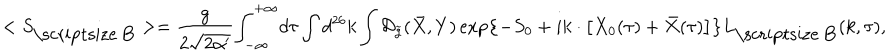
LaTeX: < { S _ { \mathrm { \scriptsize ~ B } } } > = { \frac { g } { 2 \sqrt { 2 \alpha ^ { \prime } } } } { \int _ { - \infty } ^ { + \infty } } d \tau \int { d ^ { 2 6 } } k \int { \mathcal { D } _ { \tilde { g } } } ( \bar { X } , Y ) \exp \left\{ - { S _ { 0 } } + i k \cdot \left[ { X _ { 0 } } ( \tau ) + \bar { X } ( \tau ) \right] \right\} { L _ { \mathrm { \scriptsize ~ B } } } ( k , \tau ) ,